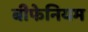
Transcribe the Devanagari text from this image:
बीफेनियम